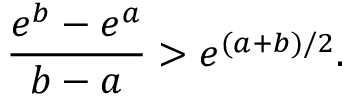
{ \frac { e ^ { b } - e ^ { a } } { b - a } } > e ^ { ( a + b ) / 2 } .